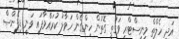
އަދި ހެލްތް މިނިސްޓްރީ ވަގުތީ ގޮތުން ހިންގެން ހަވާލު ކުރައްވާފައި ވަނީ ޑިފެންސް